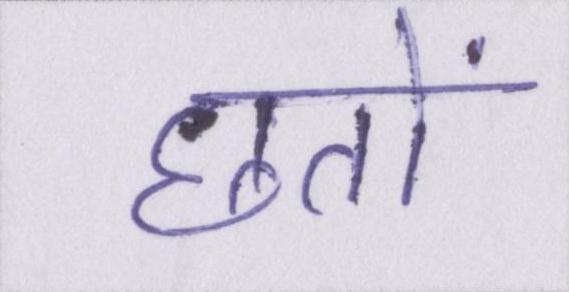
छतों